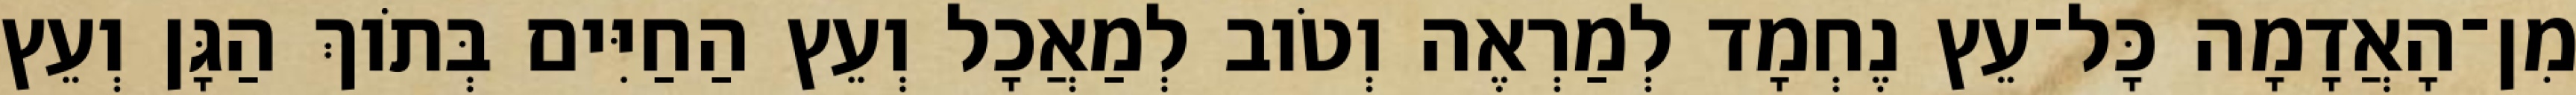
מִן־הָאֲדָמָה כָּל־עֵץ נֶחְמָד לְמַרְאֶה וְטֹוב לְמַאֲכָל וְעֵץ הַחַיִּים בְּתֹוךְ הַגָּן וְעֵץ